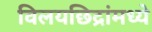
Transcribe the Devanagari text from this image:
विलयछिद्रांमध्ये